Vaccination in Bombay 1924-1928 - 1924-1928
Year: 1924
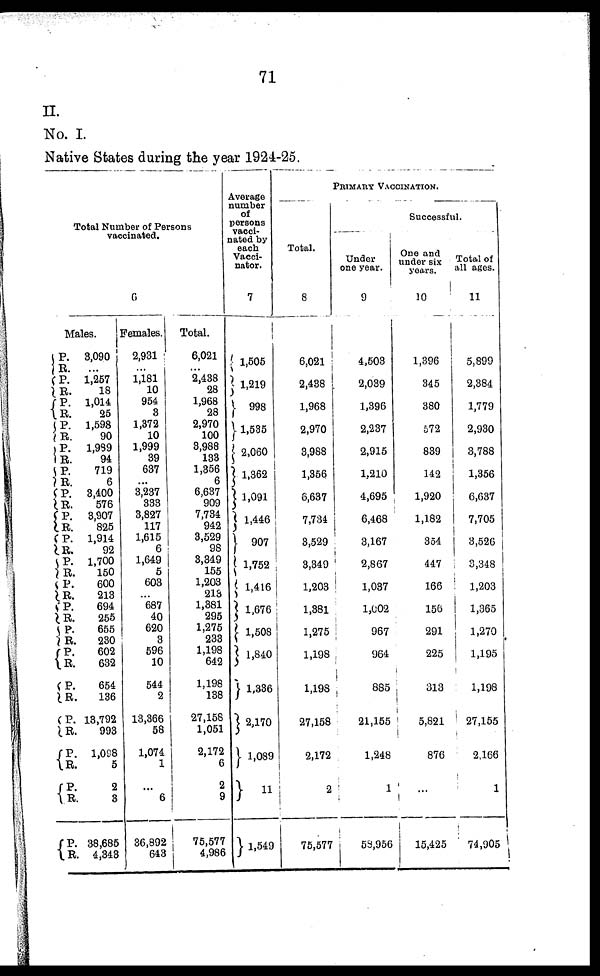
71
II.
No. I.
Native States during the year 1924-25.
Total Number of Persons
vaccinated.
6
Males.
P.
R.
P.
R.
P.
R.
P.
R.
P.
R.
P.
R.
P.
R.
P.
R.
P.
R.
P.
R.
P.
R.
P.
R.
P.
R.
P.
R.
P.
R.
P.
R.
P.
R.
P.
R.
P.
R.
3,090
...
1,257
18
1,014
25
1,598
90
1,999
94
719
6
3,400
576
3,907
825
1,914
92
1,700
150
600
213
694
255
655
230
602
632
654
136
18,792
993
1,098
5
2
3
38,685
4,343
Females.
2,931
... 1,181
10
954
3
1,372
10
1,999
39
637
...
3,237
333
3,827
117
1,615
6
1,649
5
603
...
687
40
620
3
596
10
544
2
13,366
58
1,074
1
...
6
36,892
643
Total.
6,021
... 2,438
28
1,968
28
2,970
100
3,988
133
1,356
6
6,637
909
7,734
942
3,529
98
3,349
155
1,203
213
1,381
295
1,275
233
1,198
642
1,198
138
27,158
1,051
2,172
6
2
9
75,577
4,986
Average
number
of
persons
vacci-
nated by
each
Vacci¬
nator.
7
1,505
1,219
998
1,535
2,060
1,362
1,091
1,446
907
1,752
1,416
1,676
1,508
1,840
1,336
2,170
1,089
11
1,549
PRIMARY VACCINATION.
Total.
8
6,021
2,438
1,968
2,970
3,988
1,356
6,637
7,734
3,529
3,349
1,203
1,381
1,275
1,198
1,198
27,158
2,172
2
75,577
Successful.
Under
one year.
9
4,503
2,039
1,396
2,237
2,915
1,210
4,695
6,468
3,167
2,867
1,037
1,002
967
964
885
21,155
1,248
1
53,956
One and
under six
years.
10
1,396
345
380
572
839
142
1,920
1,182
354
447
166
156
291
225
313
5,821
876
...
15,425
Total of
all ages.
11
5,899
2,384
1,779
2,930
3,788
1,356
6,637
7,705
3,526
3,348
1,203
1,365
1,270
1,195
1,198
27,155
2,166
1
74,905